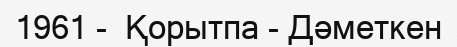
1961 -  Қорытпа - Дәметкен